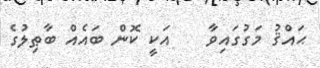
ޙައްޤު މަގުގައިވާ    އަކީ ކޮން ބައެއް ބާޠިލުގެ